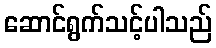
ဆောင်ရွက်သင့်ပါသည်